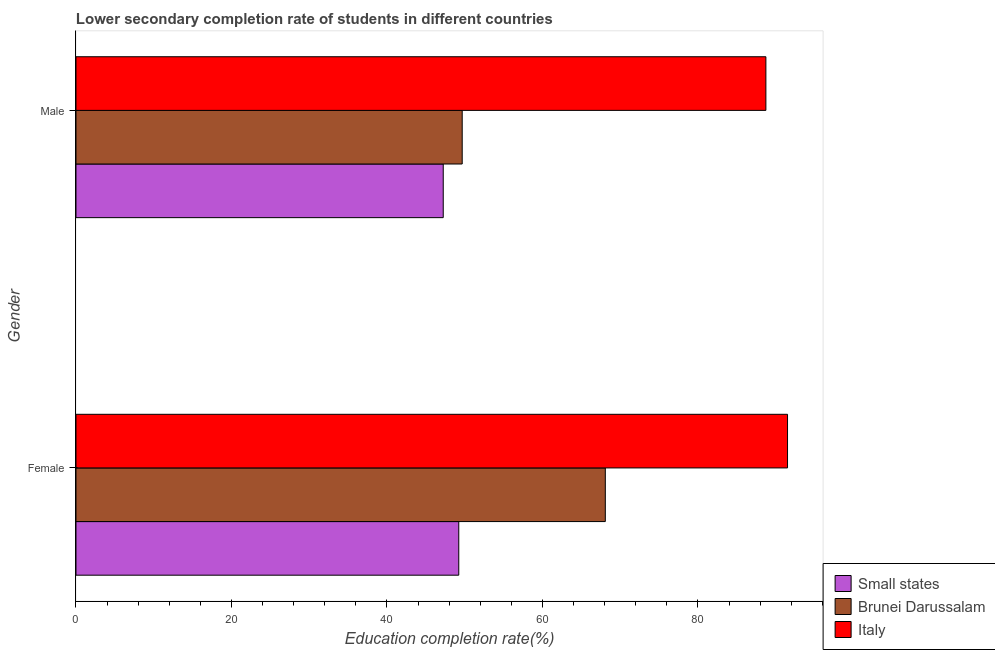
| Gender | Small states | Brunei Darussalam | Italy |
 | --- | --- | --- | --- |
 | Female | 49.2 | 68.1 | 91.5 |
 | Male | 47.2 | 49.7 | 88.7 |